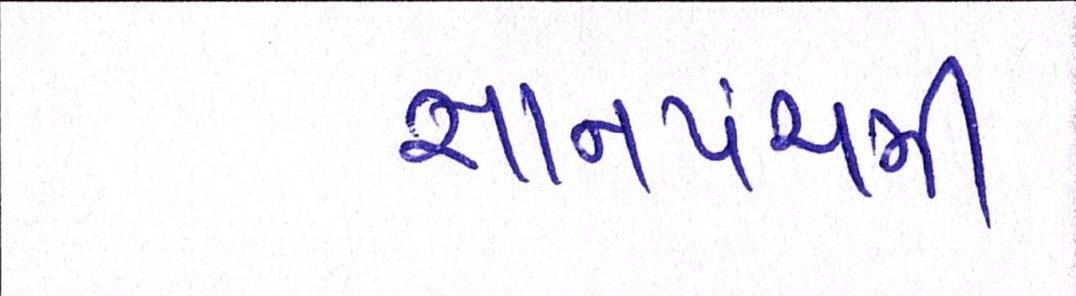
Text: જ્ઞાનપંચમી